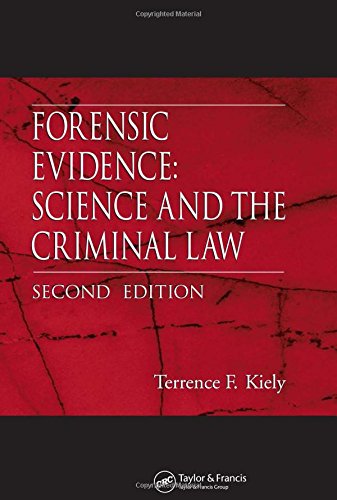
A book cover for Forensic Evidence: Science and the Criminal Law, Second Edition; Terrence F. Kiely; Law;